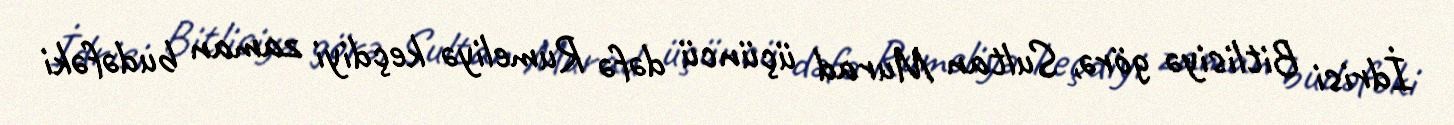
İdrisi Bitlisiyə görə, Sultan Murad üçüncü dəfə Rumeliyə keçdiyi zaman budəfəki